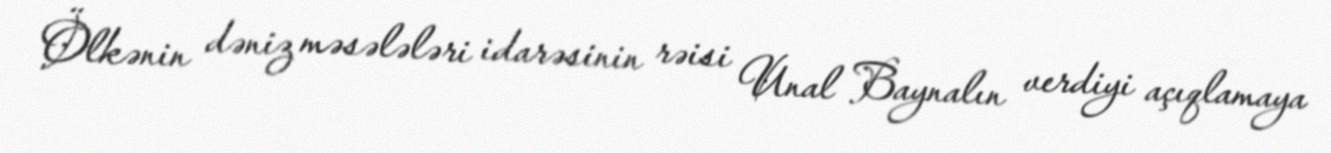
Ölkənin dəniz məsələləri idarəsinin rəisi Unal Baynalın verdiyi açıqlamaya